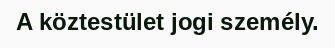
A köztestület jogi személy.